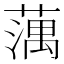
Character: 蕅